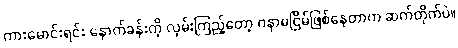
ကားမောင်းရင်း နောက်ခန်းကို လှမ်းကြည့်တော့ ဂနာမငြိမ်ဖြစ်နေတာက ဆက်တိုက်ပဲ။